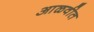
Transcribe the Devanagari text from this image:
आळवीत